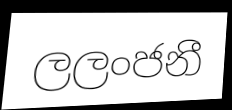
ලලංජනී